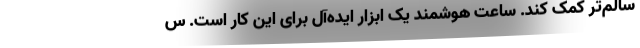
سالم‌تر کمک کند. ساعت هوشمند یک ابزار ایده‌آل برای این کار است. س